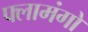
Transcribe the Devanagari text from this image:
फ्लामंगो